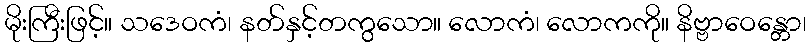
မိုးကြီးဖြင့်။ သဒေဝကံ၊ နတ်နှင့်တကွသော။ လောကံ၊ လောကကို။ နိဗ္ဗာဝေန္တော၊